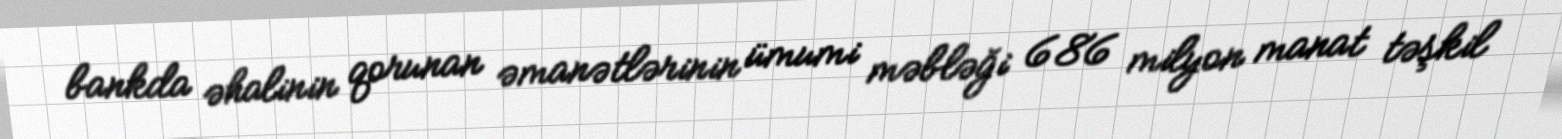
bankda əhalinin qorunan əmanətlərinin ümumi məbləği 686 milyon manat təşkil